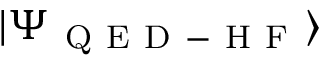
| \Psi _ { \mathrm { ~ Q ~ E ~ D ~ - ~ H ~ F ~ } } \rangle